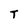
Character: T